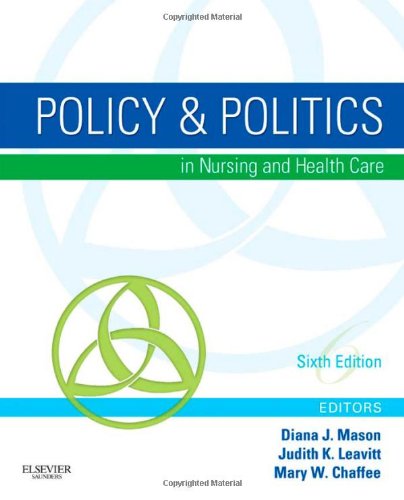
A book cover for Policy & Politics in Nursing and Health Care, 6th Edition; Medical Books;